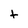
Character: t